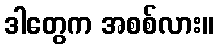
ဒါတွေက အစစ်လား။